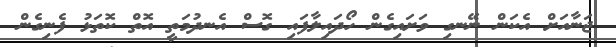
ޖަނާއަށް އެކަން ނޭނގި ވަށައިގެން ހޯދައިލާފައި ގޮސް އެނދުމަތީ އޮތް ކޮތަޅު ފެނިގެން